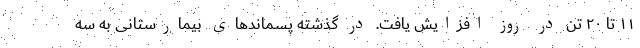
۱۱ تا ۲۰ تن در روز افزایش یافت. در گذشته پسماندهای بیمارستانی به سه